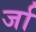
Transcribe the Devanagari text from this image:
र्जा